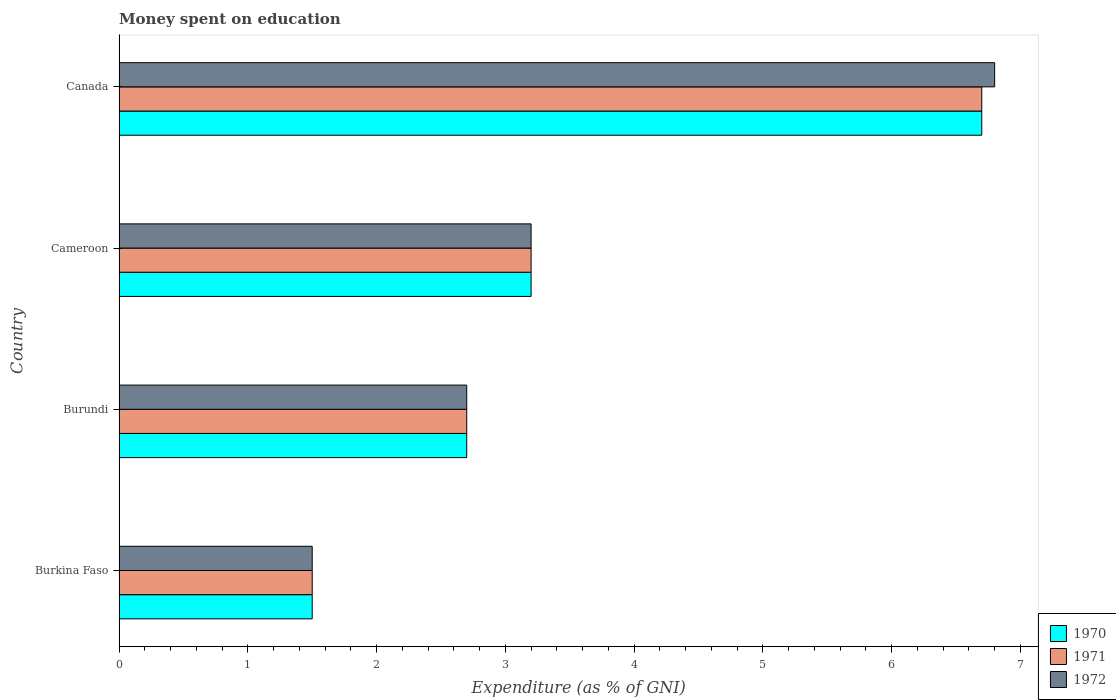
| Country | 1970 | 1971 | 1972 |
 | --- | --- | --- | --- |
 | Burkina Faso | 1.5 | 1.5 | 1.5 |
 | Burundi | 2.7 | 2.7 | 2.7 |
 | Cameroon | 3.2 | 3.2 | 3.2 |
 | Canada | 6.7 | 6.7 | 6.8 |